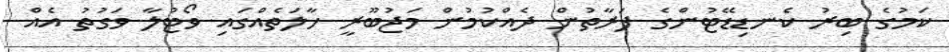
ކަމުގެ ބިރު ކެނޑިޑޭޓުންގެ ފަރާތުން ދެއްކުމުން މަޖުބޫރީ ހާލަތެއްގައި ވޯޓުލާ ވަގުތު އެއް